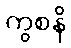
ကွစနိ